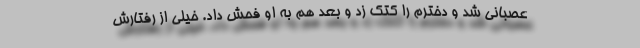
عصبانی شد و دخترم را کتک زد و بعد هم به او فحش داد. خیلی از رفتارش